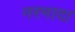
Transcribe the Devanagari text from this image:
नरमादा